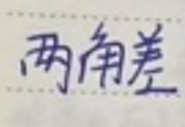
两角差